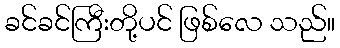
ခင်ခင်ကြီးတို့ပင် ဖြစ်လေ သည်။